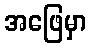
အဖြေမှာ